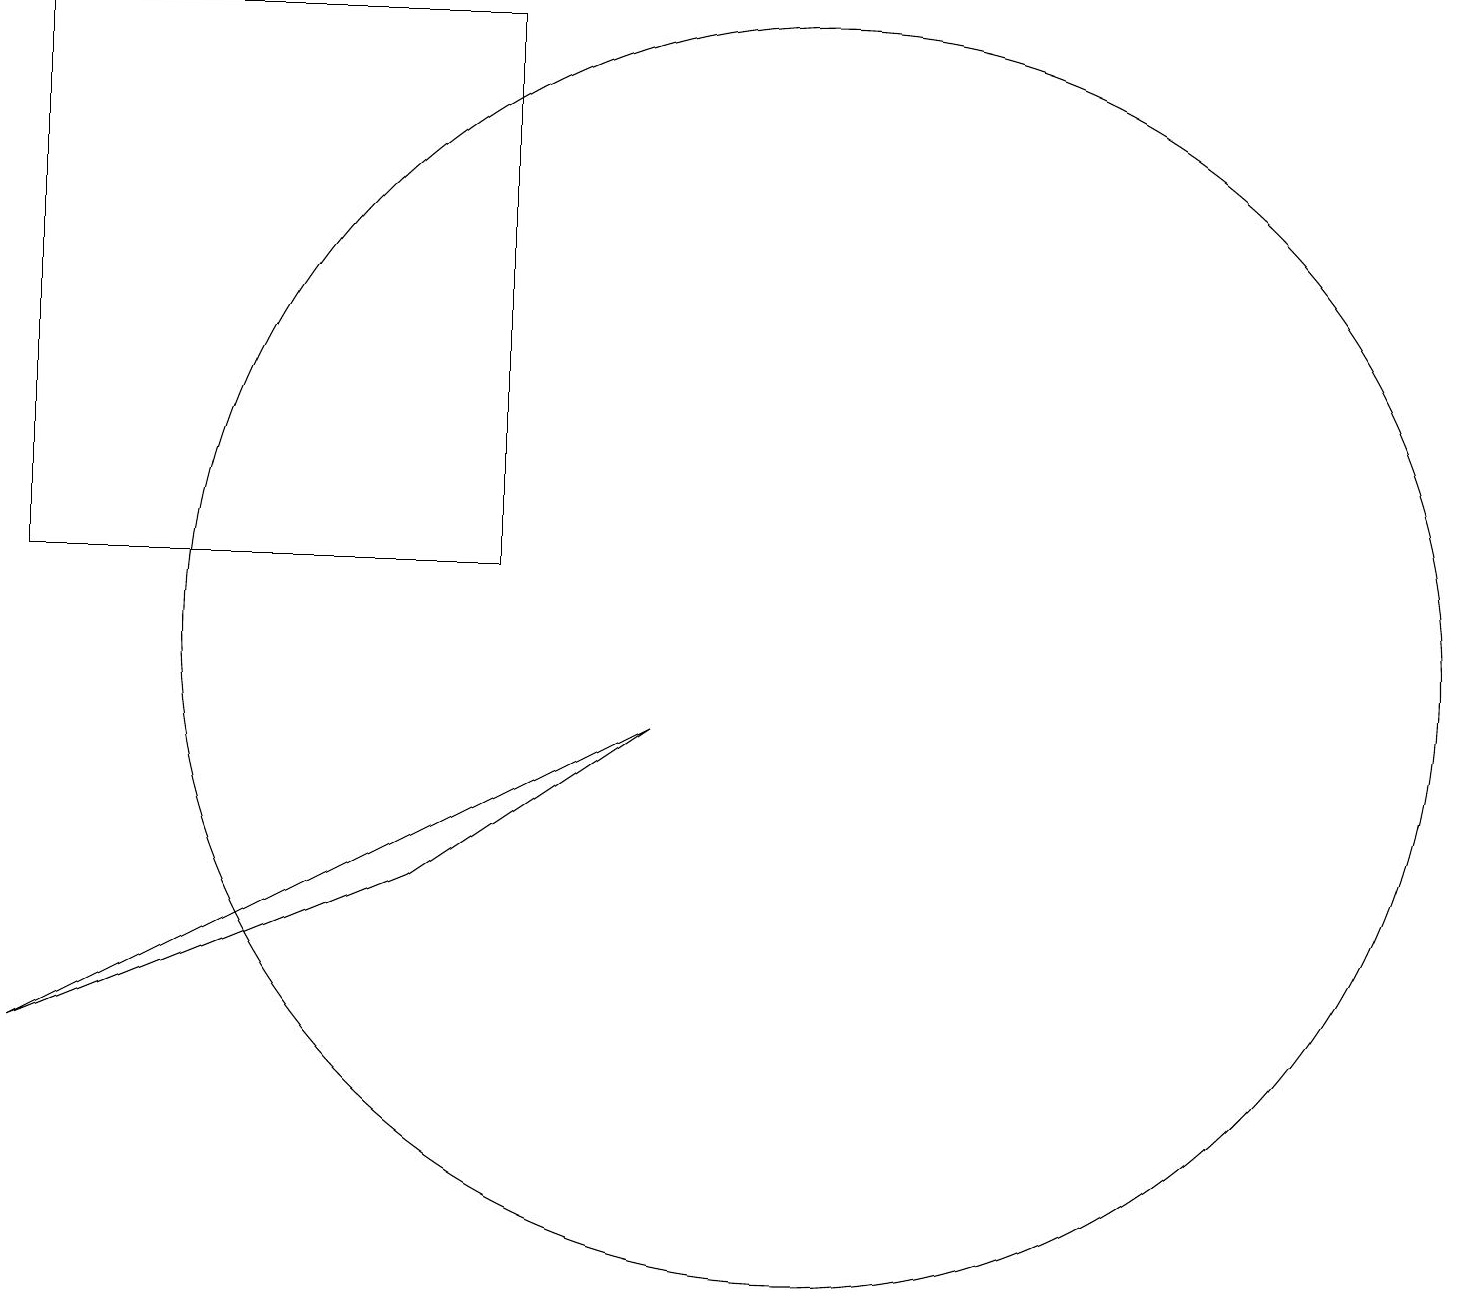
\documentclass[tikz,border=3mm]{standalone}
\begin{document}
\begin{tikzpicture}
\draw (0,11) rectangle (6,18);
\draw (0,5) -- (5,7) -- (8,9) -- cycle;
\draw (10,10) circle (8);
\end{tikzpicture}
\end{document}